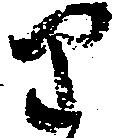
り